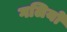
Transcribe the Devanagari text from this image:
गलियो